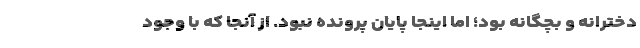
دخترانه و بچگانه بود؛ اما اینجا پایان پرونده نبود. از آنجا که با وجود